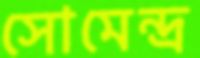
সোমেন্দ্র